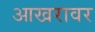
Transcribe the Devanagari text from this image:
आखरावर